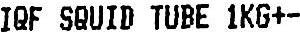
IQF SQUID TUBE 1KG+-